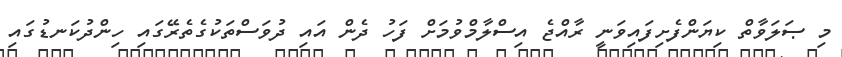
މި ޞަލަވާތް ކިޔަންފެށިފައިވަނީ ރާއްޖެ އިސްލާމްވުމަށް ފަހު ދެން އައި ދުވަސްތަކުގެތެރޭގައި ހިންދުކަނޑުގައި